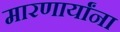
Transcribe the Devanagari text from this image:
मारणार्यांना